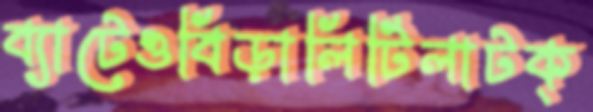
ব্যাটেওবিড়ালিটিলাটক্